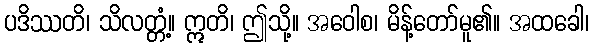
ပဒိဿတိ၊ သိလတ္တံ့။ ဣတိ၊ ဤသို့။ အဝေါစ၊ မိန့်တော်မူ၏။ အထခေါ၊